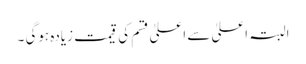
البتہ اعلیٰ سے اعلیٰ قسم کی قیمت زیادہ ہوگی ۔